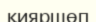
қияршөп